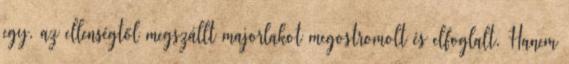
egy, az ellenségtől megszállt majorlakot megostromolt és elfoglalt. Hanem